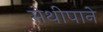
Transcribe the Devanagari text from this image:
मेथीपाने